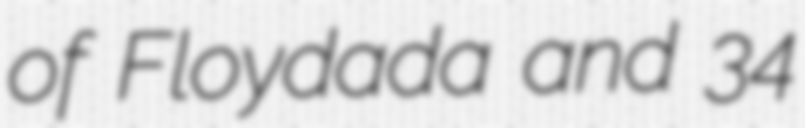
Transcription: of Floydada and 34